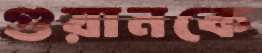
গুয়ানকে